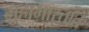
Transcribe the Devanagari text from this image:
महाभारतांत